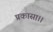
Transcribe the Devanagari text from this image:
प्रकासा।।